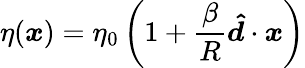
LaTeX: \eta(\boldsymbol{x})=\eta_{0}\left(1+\frac{\beta}{R}\boldsymbol{\hat{d}}\cdot\boldsymbol{x}\right)